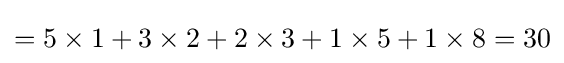
=5\times 1+3\times 2+2\times 3+1\times 5+1\times 8=30